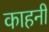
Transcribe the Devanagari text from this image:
काहनी